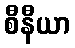
စီနီယာ